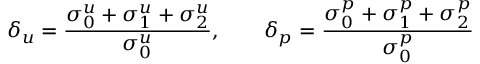
\delta _ { u } = \frac { \sigma _ { 0 } ^ { u } + \sigma _ { 1 } ^ { u } + \sigma _ { 2 } ^ { u } } { \sigma _ { 0 } ^ { u } } , \qquad \delta _ { p } = \frac { \sigma _ { 0 } ^ { p } + \sigma _ { 1 } ^ { p } + \sigma _ { 2 } ^ { p } } { \sigma _ { 0 } ^ { p } }